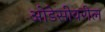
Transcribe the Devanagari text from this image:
ओडेसीवरील